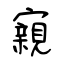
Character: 寴